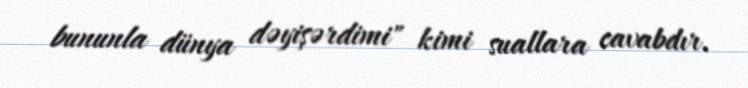
bununla dünya dəyişərdimi" kimi suallara cavabdır.